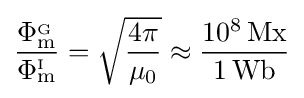
{\frac {\Phi _{\mathrm {m} }^{_{\mathrm {G} }}}{\Phi _{\mathrm {m} }^{_{\mathrm {I} }}}}={\sqrt {\frac {4\pi }{\mu _{0}}}}\approx {\frac {10^{8}\,\mathrm {Mx} }{1\,\mathrm {Wb} }}